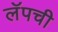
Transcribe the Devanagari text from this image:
लॅपची